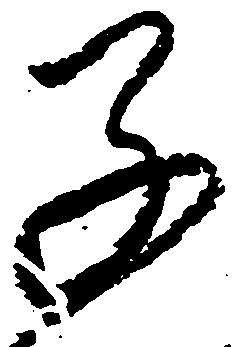
子